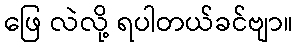
ဖြေ လဲလို့ ရပါတယ်ခင်ဗျာ။